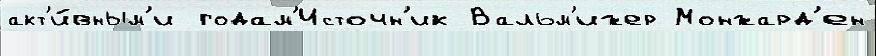
акт'и́вным'и годам'Источн'ик Вальм'ижер Монжард'ен